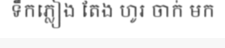
ទឹកភ្លៀង តែង ហូរ ចាក់ មក